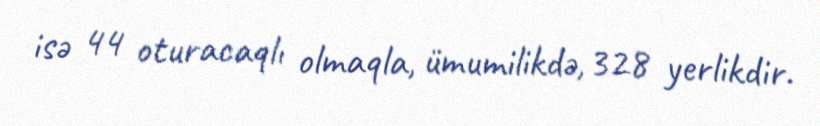
isə 44 oturacaqlı olmaqla, ümumilikdə, 328 yerlikdir.